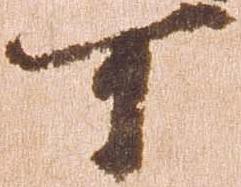
可